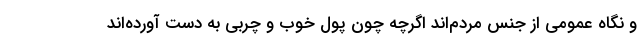
و نگاه عمومی از جنس مردم‌اند اگرچه چون پول خوب و چربی به دست آورده‌اند